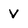
Character: V